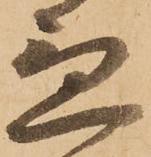
急